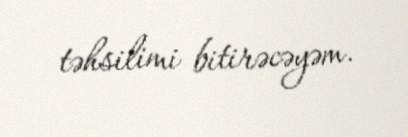
təhsilimi bitirəcəyəm.